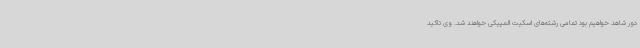
دور شاهد خواهیم بود تمامی رشته‌های اسکیت المپیکی خواهند شد. وی تاکید